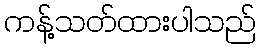
ကန့်သတ်ထားပါသည်